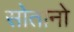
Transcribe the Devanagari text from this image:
सोतानो